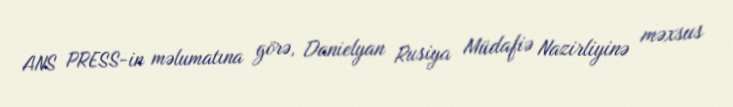
ANS PRESS-in məlumatına görə, Danielyan Rusiya Müdafiə Nazirliyinə məxsus